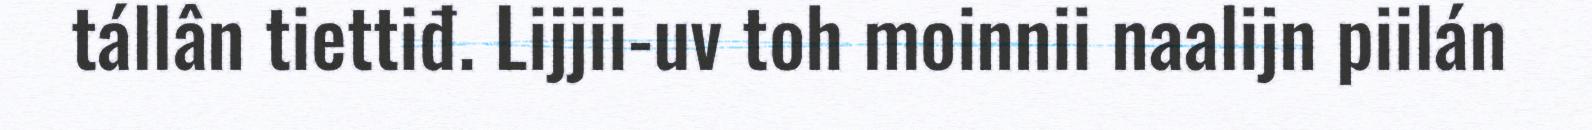
tállân tiettiđ. Lijjii-uv toh moinnii naalijn piilán